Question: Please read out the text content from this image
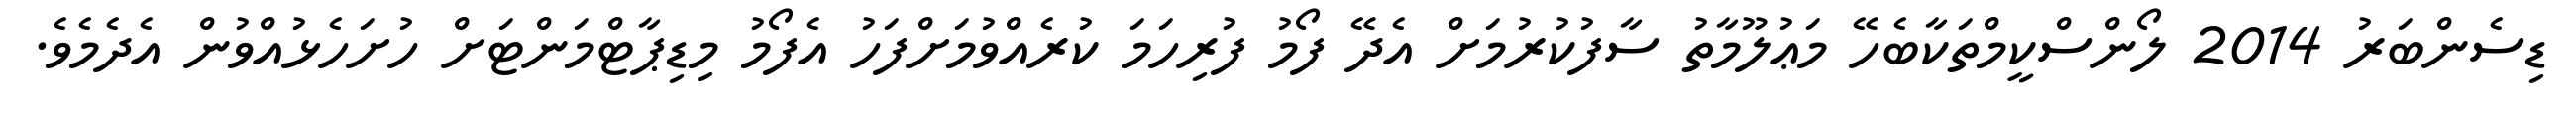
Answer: ޑިސެންބަރު 2014 ލޯންސްކީމްތަކާބެހޭ މަޢުލޫމާތު ސާފުކުރުމަށް އެދޭ ފޯމު ފުރިހަމަ ކުރެއްވުމަށްފަހު އެފޯމު މިޑިޕާޓްމަންޓަށް ހުށަހެޅުއްވުން އެދެމެވެ.